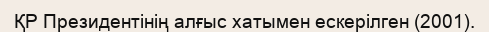
ҚР Президентінің алғыс хатымен ескерілген (2001).